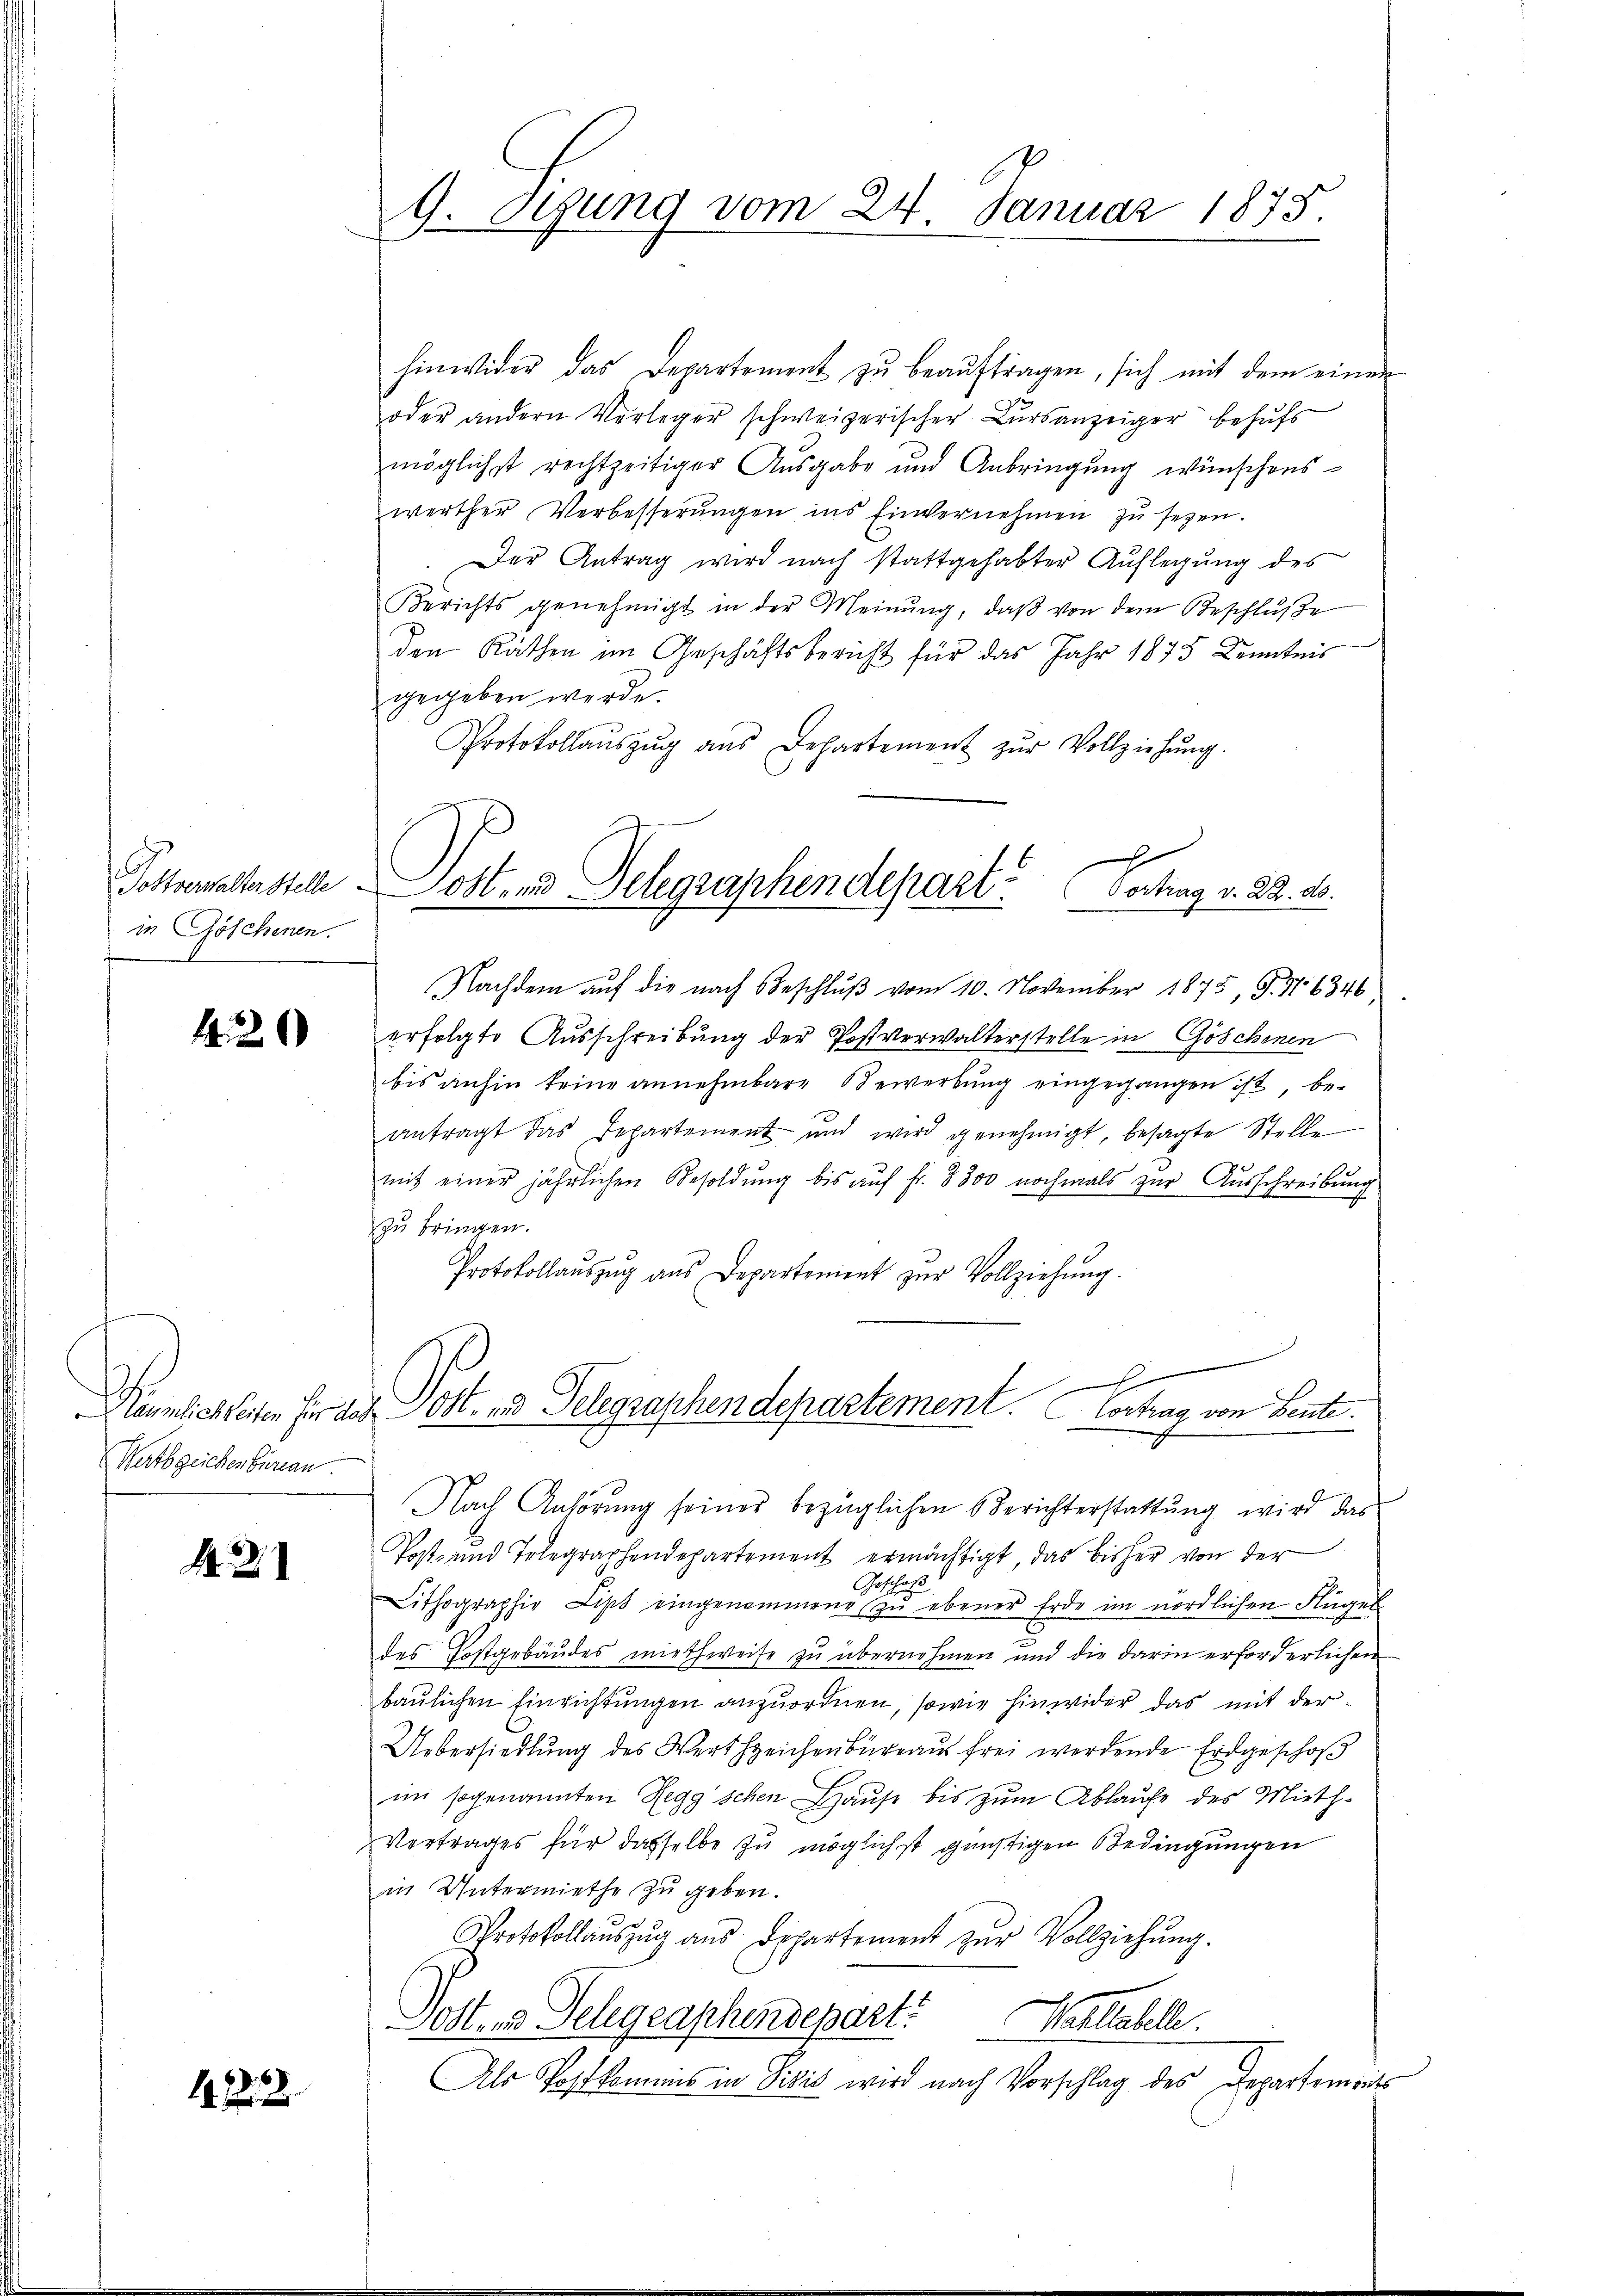
in Göschenen.

420

Watbgeichenbureau.

M. D.

1222

G. Sizung vom 24. Januar 1875

hinwider das Departement zŭ beaŭftragen, sich mit dem einen
oder andern Verleger schweizerischer Lŭrsanzeiger behŭfs
möglichst rechtzeitiger Ausgabe und Anbringung wünschenswerther Verbesserŭngen ins Einvernehmen zŭ sezen.
Der Antrag wird nach stattgehabter Auflegung des
Berichts genehmigt in der Meinung, daß von dem Beschlusse
den Räthen im Geschäftsbericht für das Jahr 1873 Kenntnis
gegeben werde.
Protokollaŭszŭg ans Departement zŭr Vollziehŭng.
x

Tottverwalterstelle Post- und Delegraphendepart (Vortrag v. 22. ds.

Nachdem auf die nach Beschluß vom 10. November 1875, S. 16346
erfolgte Ausschreibung der Postverwalterstelle in Göschenen
bis anhin keine annehmbare Bewerbung eingegangen ist, beantragt das Departement und wird genehmigt, besagte Stelle
mit einer jährlichen Besoldung bis aŭf fr. 8300 nochmals zur Ausschreibung
zu bringen.
Protokollaŭszŭg aŭs Departement zŭr Vollziehŭng.
Nach Anhörung seiner bezüglichen Berichterstattung wird das
Post- und Telegraphendepartement ermächtigt, das bisher von der
Geschäft
Lithographie Lips eingenommene zu ebener Erde im nördlichen Flügel
3
des Postgebäudes miethweise zu übernehmen und die darin erforderlichen
baulichen Einrichtungen anzuordnen, sowie hinwider das mit der¬
Uebersiedlung des Wertszeichenbureaus frei werdende Erdgeschoß
im sogenannten Regg'schen Hause bis zum Ablaufe des Mieth¬
Vertrages für dasselbe zu möglichst günstigen Bedingungen
in Untermiethe zu geben.
Protokollaŭszŭg ans Departement zŭr Vollziehŭng.
Lost. in Telegraphendepart? Wohltabelle.
Als Postkommes in Visis wird nach Vorschlag des Departements

x
Räumlichkeiten für das Post- und Telegraphendepartement. Contrag von Bente